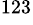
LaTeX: ^{123}